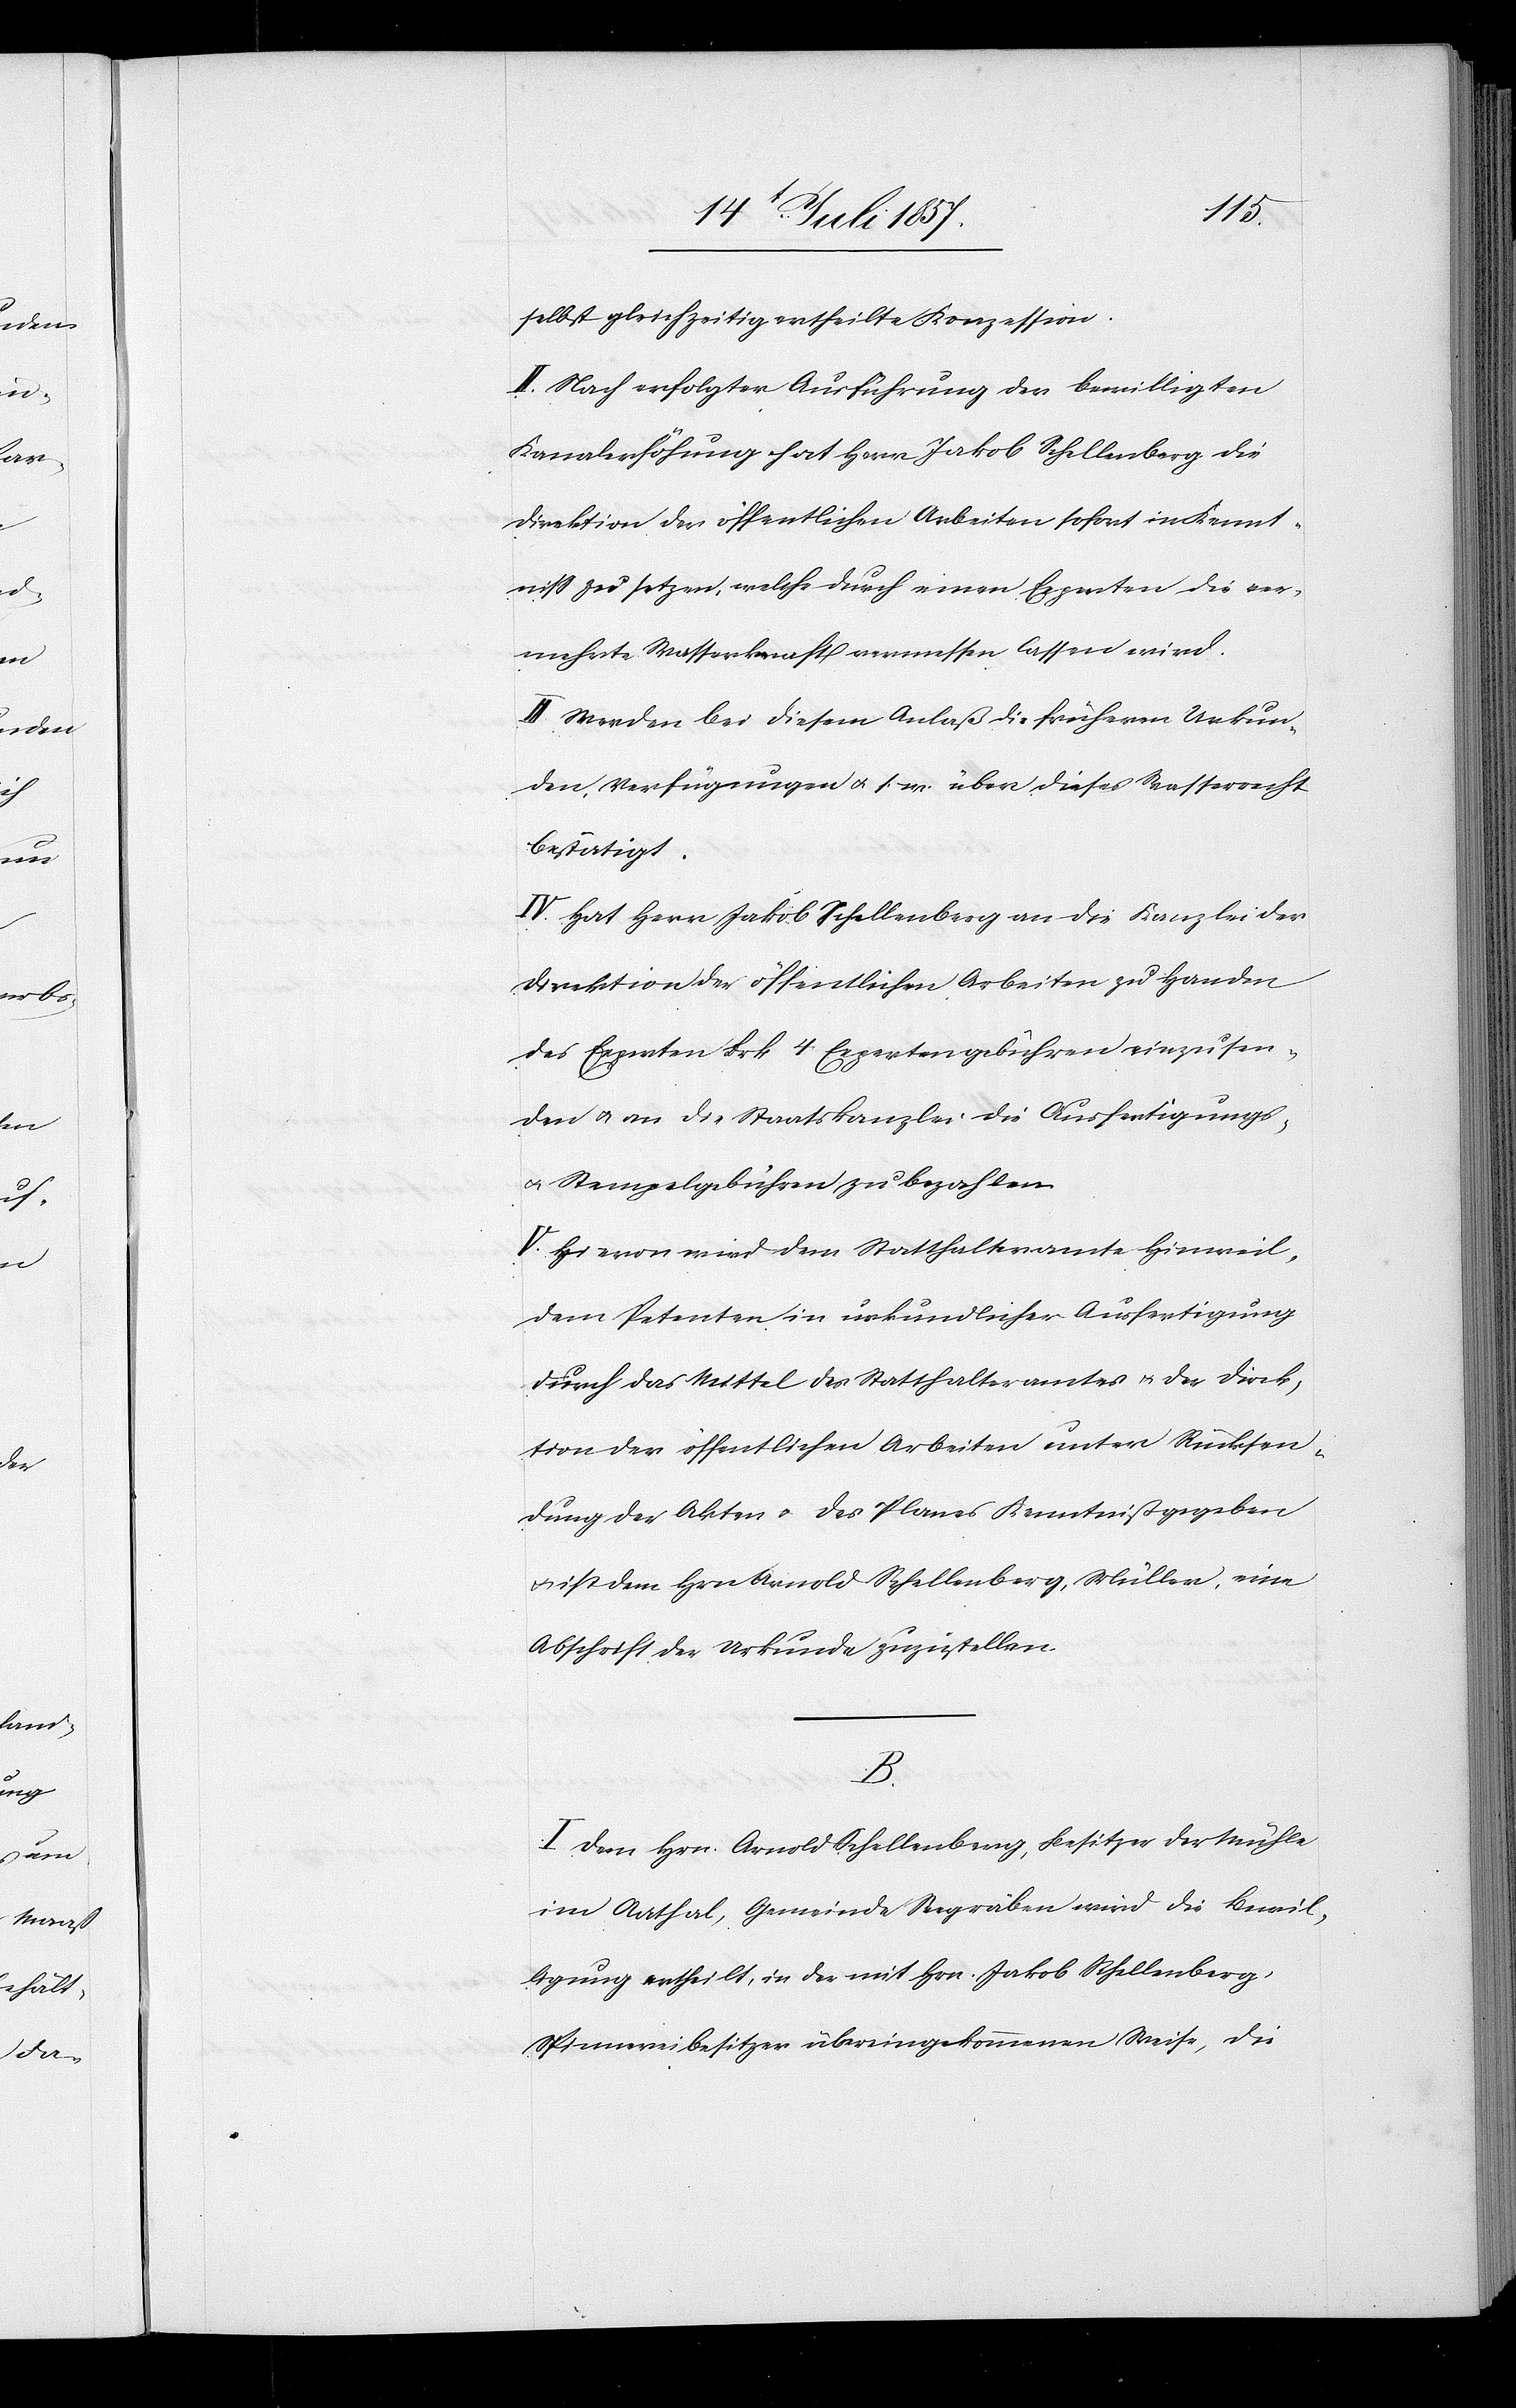
selbst gleichzeitig ertheilte Konzession.
II. Nach erfolgter Ausführung der bewilligten
Kanalerhöhung hat Herr Jakob Schellenberg die
Direktion der öffentlichen Arbeiten sofort in Kennt¬
niß zu setzen, welche durch einen Experten die ver¬
mehrte Wasserkraft vermessen lassen wird.
III. Werden bei diesem Anlaß die früheren Urkun¬
den, Verfügungen &. s. w. über dieses Wasserrecht
bestätigt.
IV. Hat Herr Jakob Schellenberg an die Kanzlei der
Direktion der öffentlichen Arbeiten zu Handen
des Experten Frk. 4 Expertengebühren einzusen¬
den & an die Staatskanzlei die Ausfertigungs-
& Stempelgebühren zu bezahlen.
V. Hievon wird dem Statthalteramte Hinweil,
dem Petenten in urkundlicher Ausfertigung
durch das Mittel des Statthalteramtes & der Direk¬
tion der öffentlichen Arbeiten unter Rücksen¬
dung der Akten & des Planes Kenntniß gegeben
& ist dem Hrn. Arnold Schellenberg, Müller, eine
Abschrift der Urkunde zuzustellen.
B.
I. Dem Hrn. Arnold Schellenberg, Besitzer der Mühle
im Aathal, Gemeinde Seegräben wird die Bewil¬
ligung ertheilt, in der mit Hrn. Jakob Schellenberg,
Spinnereibesitzer übereingekommenen Weise, die